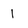
Character: 1